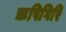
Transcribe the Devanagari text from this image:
ऋषिगिरि